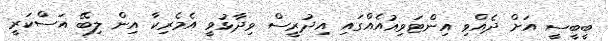
ބީބީސީ އަށް ދެއްވި އިންޓަވިއުއެއްގައި އިދުރީސް ވިދާޅުވީ އެމެރިކާ އިން ލިބޭ އަސްކަރީ